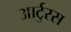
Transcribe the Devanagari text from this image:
आर्टुरस